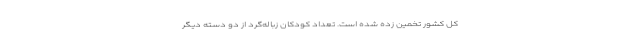
کل کشور تخمین زده شده است. تعداد کودکان زباله‌گرد از دو دسته دیگر